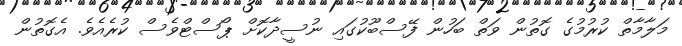
މަލާމާތް ކުރުމުގެ ގޮތުން ވަތް ބަހުން ފޭސްބޫކުގައި ނުސީދާކޮށް ޕޯސްޓްވެސް ކުރެއެވެ. އެގޮތުން